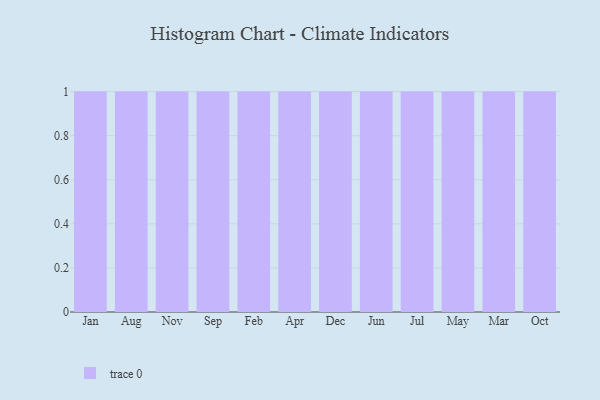
{"axis": {"x": "Month", "y": "Page Views"}, "legend": [""], "data": [{"x": "Jan", "y": 55, "type": ""}, {"x": "Aug", "y": 1, "type": ""}, {"x": "Nov", "y": 61, "type": ""}, {"x": "Sep", "y": 56, "type": ""}, {"x": "Feb", "y": 7, "type": ""}, {"x": "Apr", "y": 20, "type": ""}, {"x": "Dec", "y": 3, "type": ""}, {"x": "Jun", "y": 85, "type": ""}, {"x": "Jul", "y": 95, "type": ""}, {"x": "May", "y": 99, "type": ""}, {"x": "Mar", "y": 87, "type": ""}, {"x": "Oct", "y": 4, "type": ""}]}